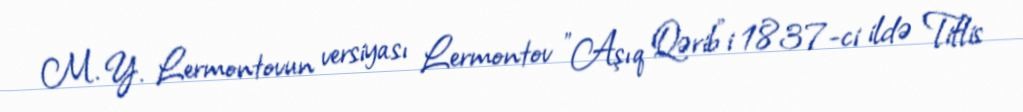
M. Y. Lermontovun versiyası Lermontov "Aşıq Qərib"i 1837-ci ildə Tiflis